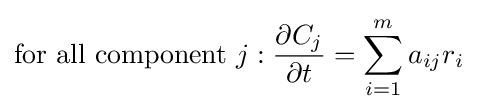
{\text{for all component }}j:{\frac {\partial C_{j}}{\partial t}}=\sum _{i=1}^{m}a_{ij}r_{i}\;